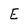
Character: E